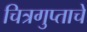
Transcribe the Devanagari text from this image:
चित्रगुप्ताचे